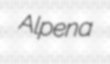
Alpena